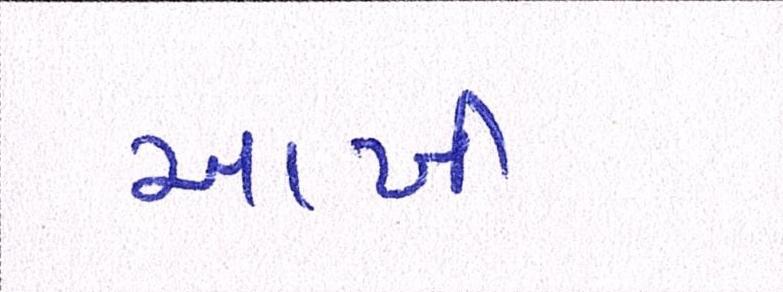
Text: આખી